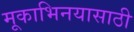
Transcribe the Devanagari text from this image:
मूकाभिनयासाठी